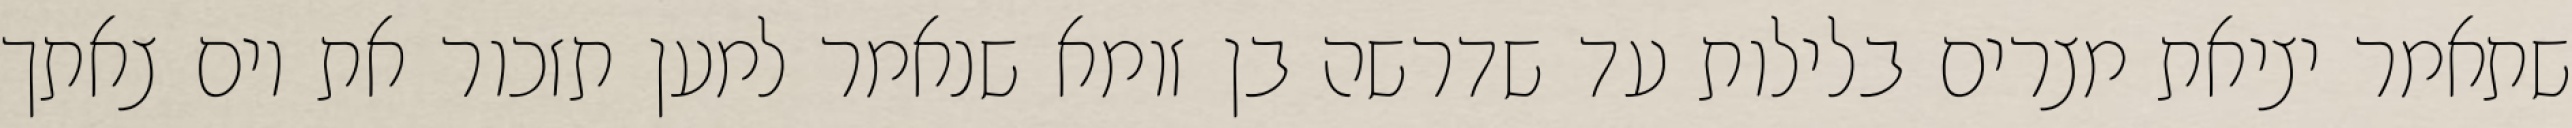
שתאמר יציאת מצרים בלילות עד שדרשה בן זומא שנאמר למען תזכור את יום צאתך